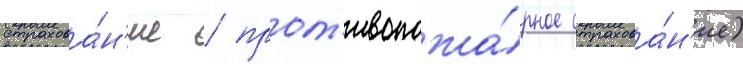
страхова́н'ие / прот'ивопожа́рное страхова́н'ие)